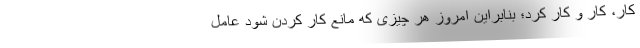
کار، کار و کار کرد؛ بنابراین امروز هر چیزی که مانع کار کردن شود عامل